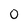
Character: 0